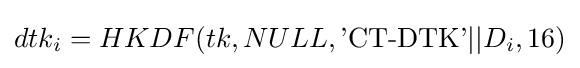
dtk_{i}=HKDF(tk,NULL,{\text{'CT-DTK'}}||D_{i},16)